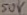
Text: 50V